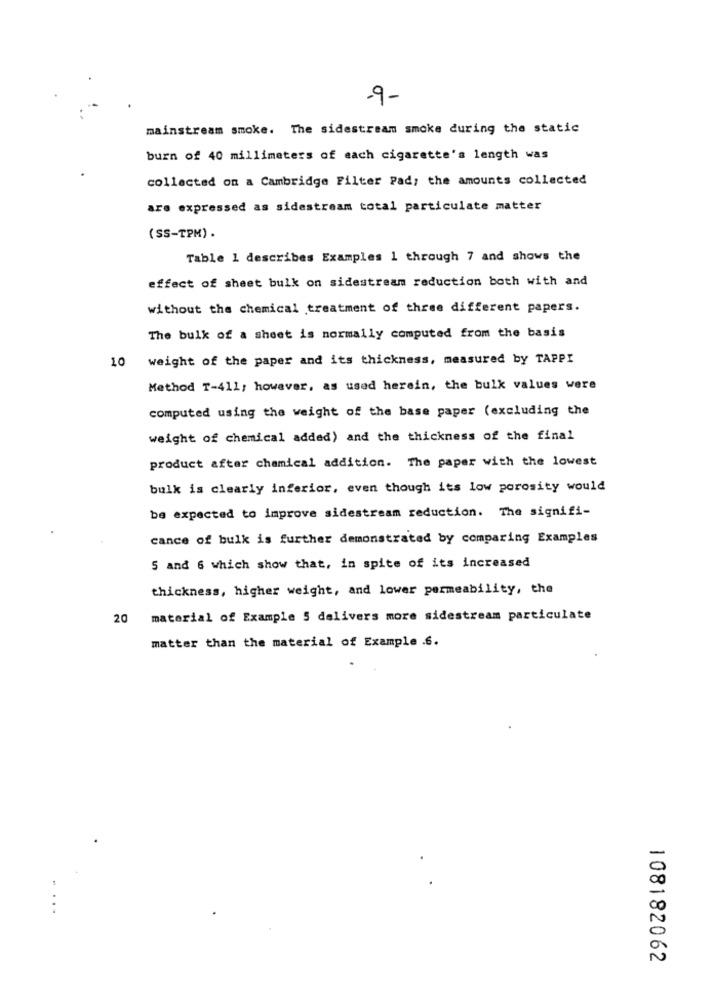
-9-
mainstream smoke. The sidestream smoke during the static
burn of 40 millimeters of each cigarette's length was
collected on a Cambridge Filter Pad; the amounts collected
are expressed as sidestream total particulate matter
(SS-TPM) .
Table 1 describes Examples 1 through 7 and shows the
effect of sheet bulk on sidestream reduction both with and
without the chemical treatment of three different papers.
The bulk of a sheet is normally computed from the basis
10 weight of the paper and its thickness, measured by TAPPI
Method T-411; however, as used herein, the bulk values were
computed using the weight of the base paper (excluding the
weight of chemical added) and the thickness of the final
product after chamical addition. The paper with the lowest
bulk is clearly inferior, even though its low porosity would
be expected to improve sidestream reduction. The signifi-
cance of bulk is further demonstrated by comparing Examples
5 and 6 which show that, in spite of its increased
thickness, higher weight, and lower permeability, the
20
material of Example 5 delivers more sidestream particulate
matter than the material of Example .6.
108182062